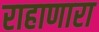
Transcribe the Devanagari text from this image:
राहाणारा